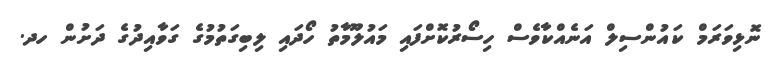
ނޮޅިވަރަމް ކައުންސިލް އަނެއްކާވެސް ހިސޯރުކޮށްފައި މައުލޫމާތު ހޯދައި ލިބިގަތުމުގެ ގަވާއިދުގެ ދަށުން ހދ.